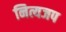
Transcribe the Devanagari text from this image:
नित्यजप